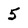
Character: 5